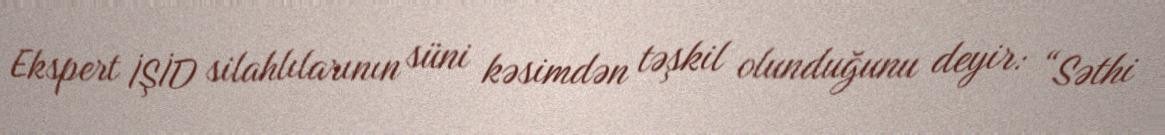
Ekspert İŞİD silahlılarının süni kəsimdən təşkil olunduğunu deyir: “Səthi